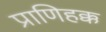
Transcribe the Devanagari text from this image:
प्राणिहक्क